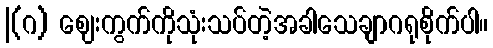
|(ဂ) ဈေးကွက်ကိုသုံးသပ်တဲ့အခါသေချာဂရုစိုက်ပါ။